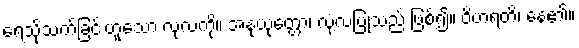
ရေသို့သက်ခြင်းဟူသော လုံ့လကို။ အနုယုတ္တော၊ လုံ့လပြုသည် ဖြစ်၍။ ဝိဟရတိ၊ နေ၏။